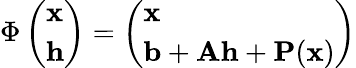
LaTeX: \Phi\left(\begin{array}{l}{\mathbf{x}}\\ {\mathbf{h}}\end{array}\right)=\left(\begin{array}{l}{\mathbf{x}}\\ {\mathbf{b}+\mathbf{A}\mathbf{h}+\mathbf{P}(\mathbf{x})}\end{array}\right)